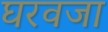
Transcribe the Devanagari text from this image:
घरवजा